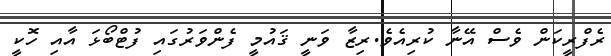
ރެފްރީކަން ވެސް އޭނާ ކުރިއެވެ.ރިޒާ ވަނީ ޤައުމީ ފެންވަރުގައި ފުޓްބޯޅަ އާއި ހޮކީ